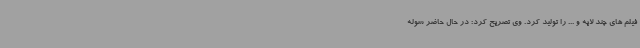
فیلم های چند لایه و ... را تولید کرد. وی تصریح کرد: در حال حاضر سوله